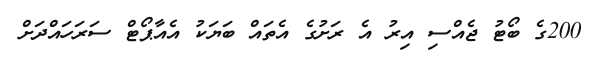
200ގެ ބޯޓު ޖެއްސި އިރު އެ ރަށުގެ އެތައް ބަޔަކު އެއާޕޯޓް ސަރަހައްދަށް